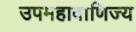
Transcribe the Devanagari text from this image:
उपमहावाणिज्य